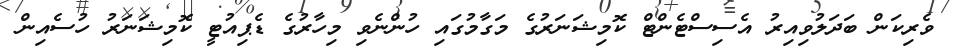
ވެރިކަން ބަދަލުވިއިރު އެސިސްޓެންޓް ކޮމިޝަނަރުގެ މަގާމުގައި ހުންނެވި މިހާރުގެ ޑެޕިއުޓީ ކޮމިޝަނަރު ހުސެއިން